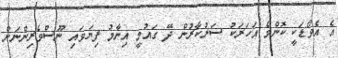
އެ އެވޯޑަކީ ކޮންމެ އަހަރަކު ސަރުކާރުން ދޭ ގައުމީ އިނާމު ފިޔަވައި ނޫސްވެރިންނަށް